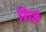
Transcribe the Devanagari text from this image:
गिज़